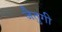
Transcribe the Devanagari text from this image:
जैतुगी